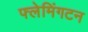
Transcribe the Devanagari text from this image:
फ्लेमिंगटन